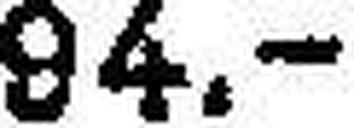
94.—